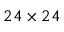
2 4 \times 2 4